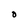
Character: O